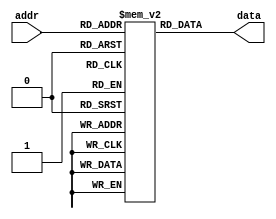
`timescale 1ns / 1ps
//////////////////////////////////////////////////////////////////////////////////
// Company:
// Engineer:
//
// Design Name:
// Module Name: charROM
// Project Name:
// Target Devices:
// Tool Versions:
// Description:
//
// Dependencies:
//
// Revision:
// Revision 0.01 - File Created
// Additional Comments:
//
//////////////////////////////////////////////////////////////////////////////////


module charROM(
input [6:0] addr,
output [63:0] data
    );
//When we give a particular address, i.e. the ASCII ID, the data bitmap stored in ROM should come out!
reg [63:0] mem [127:0]; //model of memory


initial
begin
    mem[0] = 'h0000000000000000;
    mem[1] = 'h0000000000000000;
    mem[2] = 'h0000000000000000;
    mem[3] = 'h0000000000000000;
    mem[4] = 'h0000000000000000;
    mem[5] = 'h0000000000000000;
    mem[6] = 'h0000000000000000;
    mem[7] = 'h0000000000000000;
    mem[8] = 'h0000000000000000;
    mem[9] = 'h0000000000000000;
    mem[10] = 'h0000000000000000;
    mem[11] = 'h0000000000000000;
    mem[12] = 'h0000000000000000;
    mem[13] = 'h0000000000000000;
    mem[14] = 'h0000000000000000;
    mem[15] = 'h0000000000000000;
    mem[16] = 'h0000000000000000;
    mem[17] = 'h0000000000000000;
    mem[18] = 'h0000000000000000;
    mem[19] = 'h0000000000000000;
    mem[20] = 'h0000000000000000;
    mem[21] = 'h0000000000000000;
    mem[22] = 'h0000000000000000;
    mem[23] = 'h0000000000000000;
    mem[24] = 'h0000000000000000;
    mem[25] = 'h0000000000000000;
    mem[26] = 'h0000000000000000;
    mem[27] = 'h0000000000000000;
    mem[28] = 'h0000000000000000;
    mem[29] = 'h0000000000000000;
    mem[30] = 'h0000000000000000;
    mem[31] = 'h0000000000000000;
    mem[32] = 'h0000000000000000;
    mem[33] = 'h0000005f00000000;
    mem[34] = 'h0000030003000000;
    mem[35] = 'h643c26643c262400;
    mem[36] = 'h2649497f49493200;
    mem[37] = 'h4225120824522100;
    mem[38] = 'h20504e5522582800;
    mem[39] = 'h0000000300000000;
    mem[40] = 'h00001c2241000000;
    mem[41] = 'h00000041221c0000;
    mem[42] = 'h0015150e0e151500;
    mem[43] = 'h0008083e08080000;
    mem[44] = 'h0000005030000000;
    mem[45] = 'h0008080808080000;
    mem[46] = 'h0000004000000000;
    mem[47] = 'h4020100804020100;
    mem[48] = 'h003e4141413e0000;
    mem[49] = 'h0000417f40000000;
    mem[50] = 'h00426151496e0000;
    mem[51] = 'h0022414949360000;
    mem[52] = 'h001814127f100000;
    mem[53] = 'h0027494949710000;
    mem[54] = 'h003c4a4948700000;
    mem[55] = 'h004321110d030000;
    mem[56] = 'h0036494949360000;
    mem[57] = 'h00060949291e0000;
    mem[58] = 'h0000001200000000;
    mem[59] = 'h0000005230000000;
    mem[60] = 'h0000081414220000;
    mem[61] = 'h0014141414141400;
    mem[62] = 'h0000221414080000;
    mem[63] = 'h0002015905020000;
    mem[64] = 'h3e415d554d512e00;
    mem[65] = 'h407c4a094a7c4000;//A , since ASCII 65 is A so 65
    mem[66] = 'h417f494949493600;//B
    mem[67] = 'h1c22414141412200;//C
    mem[68] = 'h417f414141221c00;//D
    mem[69] = 'h417f49495d416300;//E
    mem[70] = 'h417f49091d010300;
    mem[71] = 'h1c224149493a0800;
    mem[72] = 'h417f0808087f4100;
    mem[73] = 'h0041417F41410000;
    mem[74] = 'h304041413F010100;
    mem[75] = 'h417f080c12614100;
    mem[76] = 'h417f414040406000;
    mem[77] = 'h417f420c427f4100;
    mem[78] = 'h417f420c117f0100;
    mem[79] = 'h1c22414141221c00;
    mem[80] = 'h417f490909090600;
    mem[81] = 'h0c12212161524c00;
    mem[82] = 'h417f090919694600;
    mem[83] = 'h6649494949493300;
    mem[84] = 'h0301417f41010300;
    mem[85] = 'h013f4140413f0100;
    mem[86] = 'h010f3140310f0100;
    mem[87] = 'h011f6114611f0100;
    mem[88] = 'h4141360836414100;
    mem[89] = 'h0103447844030100;
    mem[90] = 'h4361514945436100;
    mem[91] = 'h00007f4141000000;
    mem[92] = 'h0102040810204000;
    mem[93] = 'h000041417f000000;
    mem[94] = 'h0004020101020400;
    mem[95] = 'h0040404040404000;
    mem[96] = 'h0001020000000000;
    mem[97] = 'h00344a4a4a3c4000;
    mem[98] = 'h00413f4848483000;
    mem[99] = 'h003c424242240000;
    mem[100] = 'h00304848493f4000;
    mem[101] = 'h003c4a4a4a2c0000;
    mem[102] = 'h0000487e49090000;
    mem[103] = 'h00264949493f0100;
    mem[104] = 'h417f480444784000;
    mem[105] = 'h0000447d40000000;
    mem[106] = 'h000040443d000000;
    mem[107] = 'h417f101824424200;
    mem[108] = 'h0040417f40400000;
    mem[109] = 'h427e027c027e4000;
    mem[110] = 'h427e4402427c4000;
    mem[111] = 'h003c4242423c0000;
    mem[112] = 'h00417f4909090600;
    mem[113] = 'h00060909497f4100;
    mem[114] = 'h00427e4402020400;
    mem[115] = 'h00644a4a4a360000;
    mem[116] = 'h00043f4444200000;
    mem[117] = 'h00023e4040227e40;
    mem[118] = 'h020e3240320e0200;
    mem[119] = 'h021e6218621e0200;
    mem[120] = 'h4262140814624200;
    mem[121] = 'h0143453805030100;
    mem[122] = 'h004662524a466200;
    mem[123] = 'h0000083641000000;
    mem[124] = 'h0000007f00000000;
    mem[125] = 'h0000004136080000;
    mem[126] = 'h0018080810101800;
    mem[127] = 'hAA55AA55AA55AA55;
end


assign data = mem[addr];

endmodule